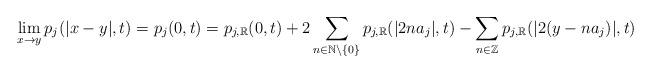
LaTeX: \begin{align*}\lim_{x\rightarrow y}p_{j}(|x-y|,t)=p_{j}(0,t) =p_{j,\mathbb{R}}(0,t)+2\sum_{n\in \mathbb{N}\setminus \{0\}} p_{j,\mathbb{R}}(|2na_j|,t) -\sum_{n\in \mathbb{Z}}p_{j,\mathbb{R}}(|2(y-na_j)|,t)\end{align*}